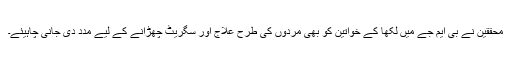
محققین نے بی ایم جے میں لکھا کے خواتین کو بھی مردوں کی طرح علاج اور سگریٹ چھڑانے کے لیے مدد دی جانی چاہیئے۔